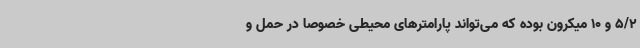
5/2 و 10 میکرون بوده که می‌تواند پارامترهای محیطی خصوصاً در حمل و